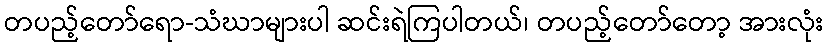
တပည့်တော်ရော-သံဃာများပါ ဆင်းရဲကြပါတယ်၊ တပည့်တော်တော့ အားလုံး